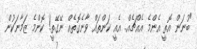
"ބުނަން އޮތީ އެންމެ އެއްޗެއް.. އެއީ ކަންތައް ވާނެގޮތެއް ނޭގޭތީ! ކޮންމެ ޒަމާނަކުން